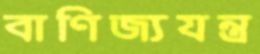
বাণিজ্যযন্ত্র